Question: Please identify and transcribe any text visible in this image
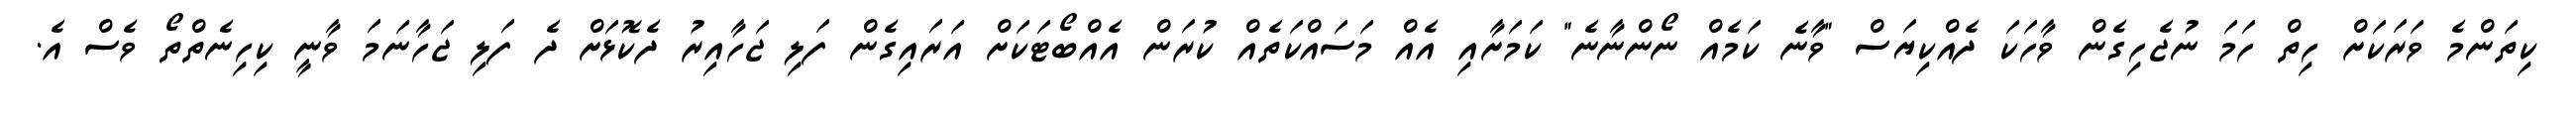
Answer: ކިތަންމެ ވަރަކަށް ހިތް ހަމަ ނުޖެހިގެން ވާހަކަ ދެއްކިޔަސް "ވާނެ ކަމެއް ނޯންނާނެ" ކަމަށާއި އެއް މަސައްކަތެއް ކުރަން އެއްބޯޓަކަށް އަރައިގެން ފަލި ޖަހާއިރު ދެކޮޅަށް ދެ ފަލި ޖަހާނަމަ ވާނީ ކިހިނެތްތޯ ވެސް އެ.